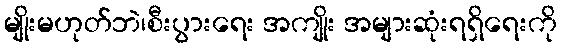
မျိုးမဟုတ်ဘဲ၊စီးပွားရေး အကျိုး အများဆုံးရရှိရေးကို